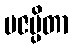
ပဇပ္ပိတာ